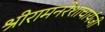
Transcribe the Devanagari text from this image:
श्रीरामनरेशाचार्यजी